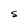
Character: S